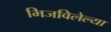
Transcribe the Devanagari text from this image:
भिजविलेल्या